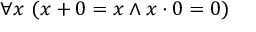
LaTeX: \forall x \ ( x + 0 = x \land x \cdot 0 = 0 )